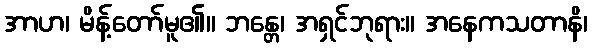
အာဟ၊ မိန့်တော်မူ၏။ ဘန္တေ၊ အရှင်ဘုရား။ အနေကသတာနိ၊